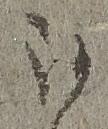
被